King Institute of Preventive Medicine Bacteriolog. Section reports 1907-08
Year: 1907
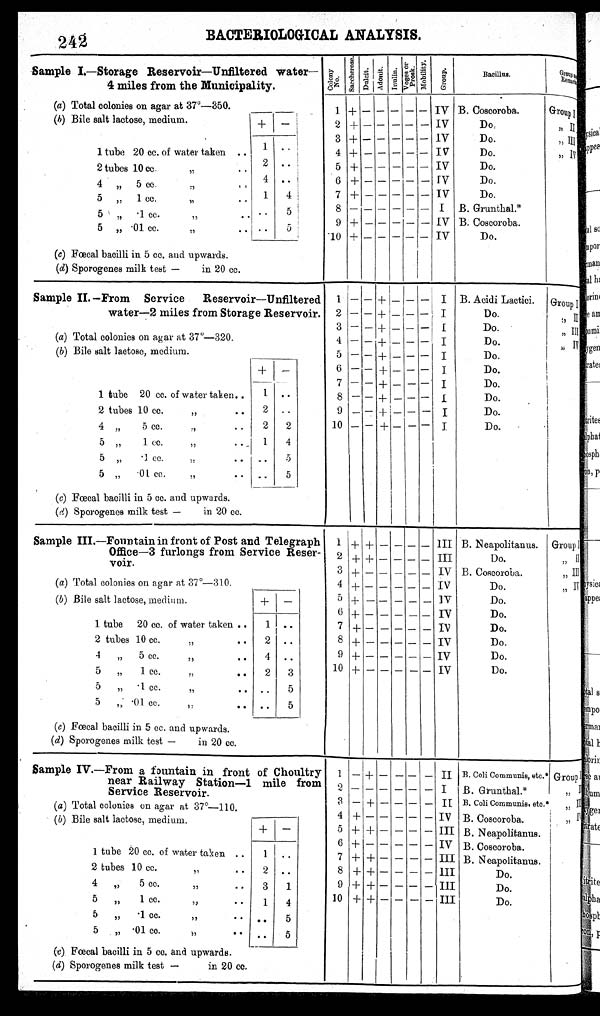
242
BACTERIOLOGICAL ANALYSIS.
Sample I.— Storage Reservoir—Unfiltered water—
4 miles from the Municipality.
C o l o n y n u m b e r
S a c c h e r o s
D u l c i t Adonit I U n u l i n
Voge s or Pr os k
Mobi l i t y
G r o u p
Bacillus.
G r o u p a n d R e m a r k s .
1
+ – – – – –
IV B. Coscoroba.
(a) Total colonies on agar at 37º—350.
(b) Bile salt lactose, medium.
+
–
2 + – – – – – IV
Do,
,, I I
1 tube 20 cc. of water taken ..
1
. .
3 + – – – – – IV
Do.
,, III
4 + – – – – – IV
Do.
, I V
2 tubes 10 cc.
,,..
2 ..
5 + – – – – – IV
Do.
4
. .
6 + – – – – – IV
Do.
4 „ 5 cc.
,
..
1
4
7 + – —– – – IV
Do.
5 , , c c
,
. . 5
8 – – – – – – I B. Gunthal.*
5 „ . cc.
,, ..
9 + – – – – – IV B. Coscoroba.
. .
5
.
.01 cc. ,, ..
5
10 + – – – – – IV
Do.
(c) Fœcal bacilli in 5 cc. and upwards.
(d) Sporogenes milk test—in 20 cc.
Sample II.—From Service Reservoir—Unfiltered
water—2 miles from Storage Reservoir.
1 – – + – – – I B. Acidi Lacitici.
G r o u p I
2 – – + – – – I Do.
, , I I .
3 – – + – – – I Do.
, , I I I
(a) Total colonies on agar at 37°—320.
4 – – + – – – I Do.
, ,
I V
( b) Bile salt lactose, medium.
5 – – + – – – I Do
+ –
6 – – + – – – I Do.
1 tube 20 cc. of water taken
7 – – +++– – – I Do.
1 ..
8 – – + – – – I Do.
2 tubes 10 cc. ,, ..
2 ..
9 – – + – – – I Do.
4 ,, 5 cc. ,, ..
2 2
1 0
– – + – – – I Do.
5 ,, 1 cc. ,, ..
1 4
5 ,, .1 cc. ,, ..
.. 5
5 ,, .01 cc. ,, ..
.. 5
(c) Fœcal bacilli in 5 cc. and upwards.
(d) Sporogenes milk test — in 20 cc.
Sa mple III.—Fountain in front of Post and Telegraph
Office—3 furlongs from Service Reservoit
1 + + – – – – III B. Neapolitanus.
2 + + – – – – III Do.
3 + – – ———IV B. Coscoroba.
( a) Total colonies on agar at 37°—310.
+ – – – – – IV Do.
4
(b) Bile salt lactose, medium.
+ –
5 + – – – – – IV Do.
1 tube 20 cc. of water taken ..
6 + – – – – – IV Do.
1 ..
7 + – – – – – IV Do.
2 tubes 10 cc. ,, ..
2 ..
8 + – – – – – IV Do.
4 , , 5 c c . , , . .
4 ..
9 + – – – – – IV Do.
5 ,, 1 cc. ,, ..
2 3
10 + – – – – – IV Do.
5 ,, .1 cc. ,, .. .. 5
5 ,, .01 cc. ,, ..
.. 5
( c ) .Fœcal bacilli in 5 cc. and upwards
( d) Sporogenes milk test — in 20 cc.
Sample IV.—From a fountain in front of Choultry 1
near ice Railway Station—1 mile from
Servic Reser-voir.
1 – + –
– – II B. coli Communis, etc.*Group I
2 – – – – – – I B. Grunthal.*,, II
3 – + – – – – II B. Coli Communis, etc.* ,, III
(a) Total colonies on agar at 37º—310.
(b) Bile salt lactose, medium.
+ –
4 + – – —– —
I V
B. Coscoroba.,, Iv.
5 + + – – —– III B. Neapolitanus.
1 ..
6 + – —– – – — B. Coscoroba.
1 tube 20 cc. of water taken ..
7 + + – – – —III B. Neapolitanus.
2 tubes 10 cc. ,, ..
2 ..
8 + + – – – – III Do.
4 ,, 5 cc. ,, ..
3 1
9 + + – – – – III Do.
5 ,, 1 cc. ,, ..
1 4
10 + + – – – – III Do.
5 ,, ·1 cc. ,, ..
.. 5
5 ,, ·01 cc. ,, ..
.. 5
(c) Fœcal bacilli in 5cc. and upwards.
(d) Sporogenes milk test— in 20 cc.